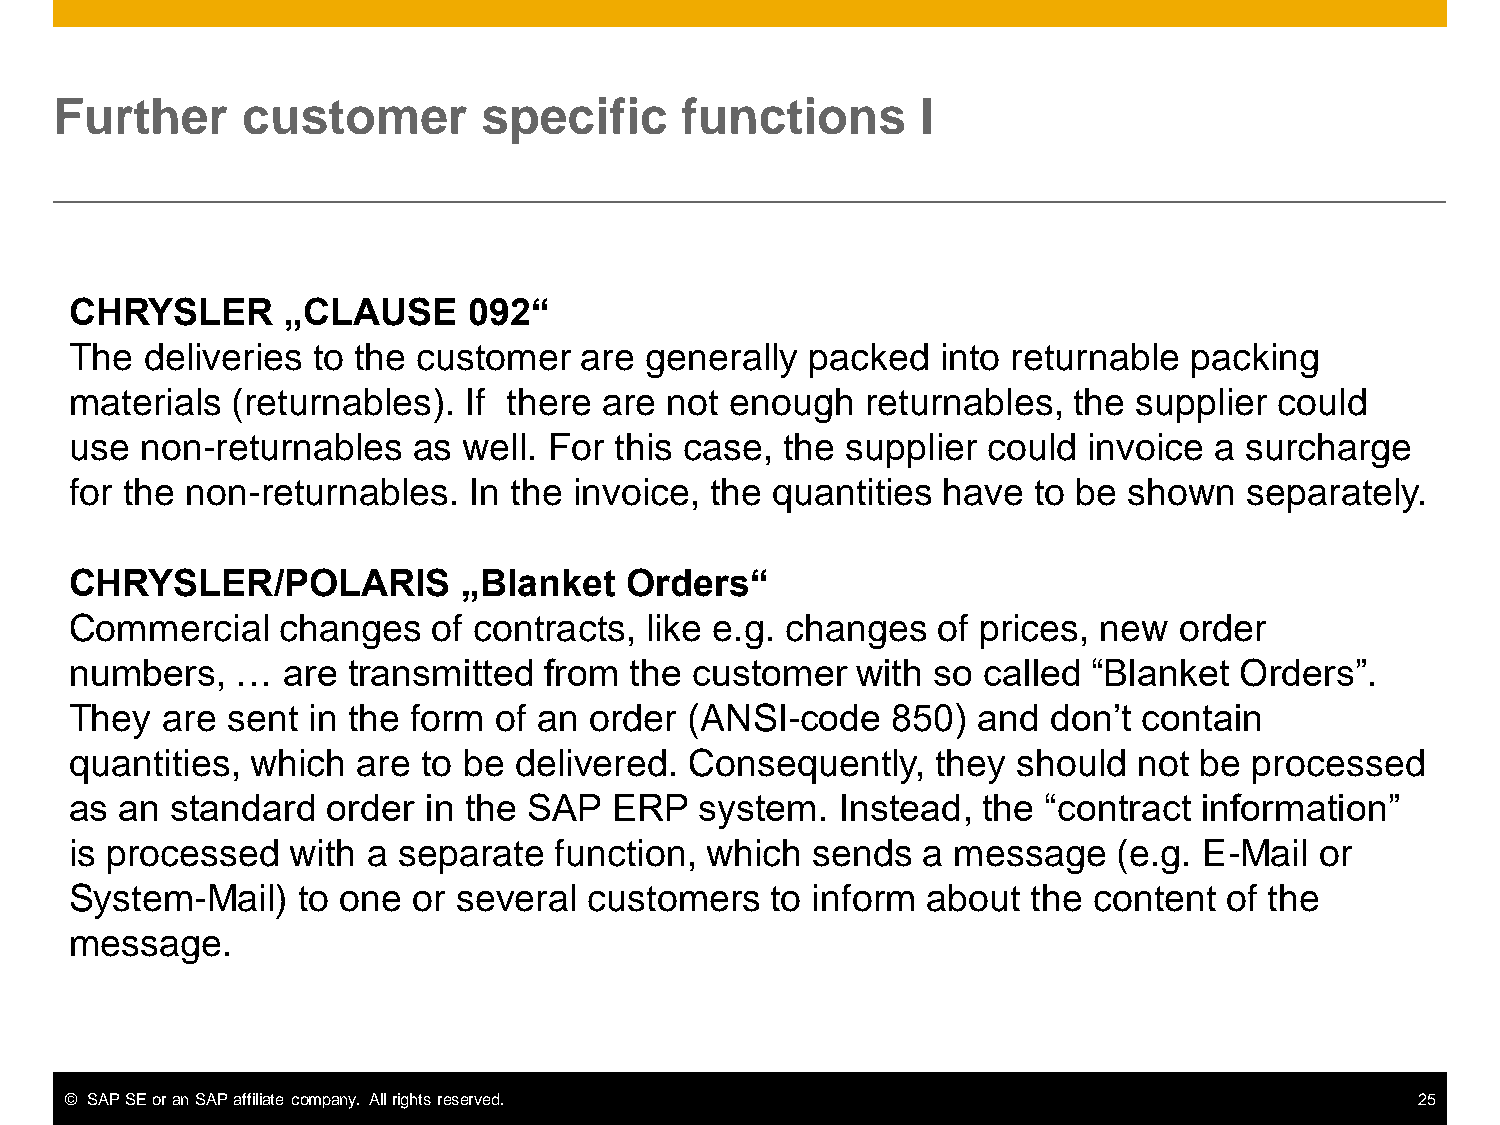
Further     customer        specific     functions       I
 CHRYSLER      „CLAUSE     092“
 The  deliveries to the customer  are  generally  packed  into returnable  packing
 materials (returnables).  If there are not enough   returnables,  the supplier  could
 use non-returnables   as  well. For this case, the supplier could  invoice a surcharge
 for the non-returnables.  In the invoice, the quantities have  to be  shown   separately.
 CHRYSLER/POLARIS          „Blanket  Orders“
 Commercial   changes    of contracts, like e.g. changes  of prices, new  order
 numbers,   …  are transmitted  from  the customer   with so called “Blanket  Orders”.
 They  are sent in the form  of an order  (ANSI-code   850)  and  don’t contain
 quantities, which  are to be delivered.  Consequently,   they should  not be  processed
 as an standard   order in the SAP   ERP  system.   Instead, the “contract  information”
 is processed  with a separate   function, which  sends  a message    (e.g. E-Mail or
 System-Mail)   to one or several  customers   to inform about  the content  of the
 message.
 © SAP SE or an SAP affiliate company. All rights reserved.                                25